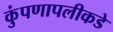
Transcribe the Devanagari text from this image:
कुंपणापलीकडे